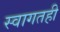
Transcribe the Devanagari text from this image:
स्वागतही